Vaccination returns of the Province of Eastern Bengal and Assam - 1905-1912
Year: 1905
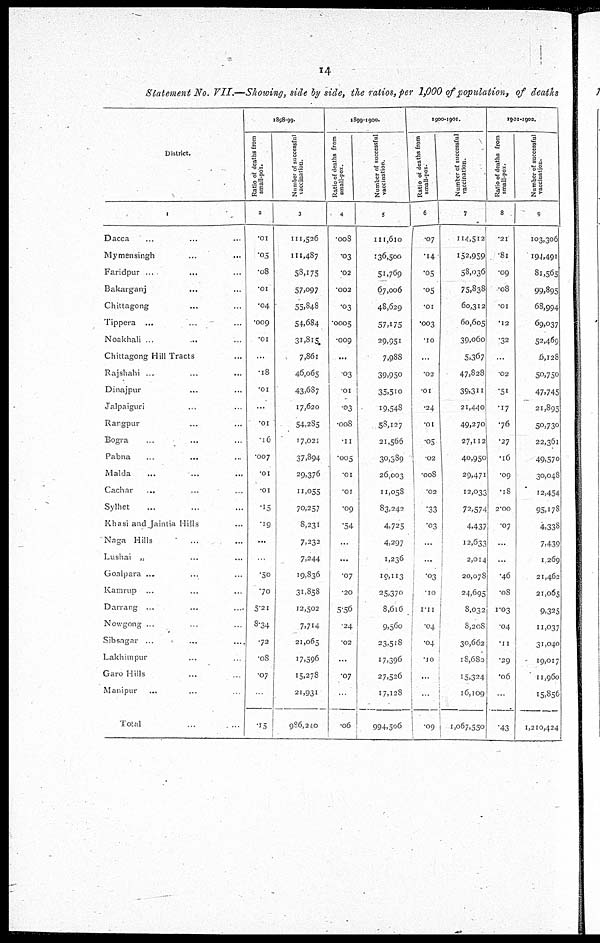
14
Statement No. VII.—Showing, side by side, the ratios, per 1,000 of population, of deaths
District.
1
Dacca ... ...
Mymensingh ... ...
Faridpur ... ...
Bakarganj ... ...
Chittagong ... ...
Tippera ... ...
Noakhali ... ...
Chittagong Hill Tracts ...
Rajshahi ... ...
Dinajpur ... ...
Jalpaiguri ... ...
Rangpur ... ...
Bogra ... ...
Pabna ... ...
Malda ... ...
Cachar ... ...
Sylhet ... ...
Khasi and jaintia Hills ...
Naga Hills ... ...
Lushai „ ... ...
Goalpara ... ...
Kamrup ... ...
Darrang ... ...
Nowgong ... ...
Sibsagar ... ...
Lakhampur ... ...
Garo Hills ... ...
Manipur ... ...
Total ... ...
1898-99.
Ratio of deaths from
small-pox.
2
.01
.05
.08
.01
.04
.009
.01
...
.18
.01
...
.01
.16
.007
.01
.01
.15
.19
...
...
.50
70
5.21
8.34
.72
.08
.07
...
.15
Number of successful
vaccination.
3
111,526
111,487
58,175
57,097
55,848
54,684
31,815
7,861
46,065
43,687
17,620
54,285
17,021
37,894
29,376
11,055
70,257
8,231
7,232
7,244
19,836
31,858
12,502
7,714
21,065
17,596
15,278
21,931
986,240
1899-1900.
Ratio of deaths from
small-pox.
4
.008
.03
.02
.002
.03
.0005
.009
...
.03
.01
.03
.008
.11
.005
.01
.01
.09
.54
...
...
.07
.20
5.56
.24
.02
...
.07
...
.06
Number of successful
vaccination.
5
111,610
136,500
51,769
67,006
48,629
57,175
29,951
7,988
39,950
35,510
19,548
58,127
21,566
30,389
26,003
11,058
83,242
4,725
4,297
1,236
19,113
25,370
8,616
9,560
23,518
17,396
27,526
17,128
994,506
1900-1901.
R
atio of deaths from
small-pox.
6
.07
.14
.05
.05
.01
.003
.10
...
.02
.01
.24
.01
.05
.02
.008
.02
.33
.03
...
...
.03
.10
1.11
.04
.04
.10
...
...
.09
Number of successful
vaccination.
7
114,512
152,959
58,036
75,838
60,312
60,605
39,060
5,367
47,828
39,311
21,440
49,270
27,112
40,950
29,471
12,033
72,574
4,437
12,633
2,014
20,078
24,695
8,032
8,208
30,662
18,680
15,324
16,109
1,067,550
1901-1902.
Ratio of deaths from
small-pox.
8
.21
.81
.09
.08
.01
.12
.32
...
.02
.51
.17
.76
.27
.16
.09
.18
2.00
.07
...
...
.46
.08
1.03
.04
.11
.29
.06
...
.43
Number of successful
vaccination.
9
103,306
194,491
81,565
99,895
68,994
69,037
52,469
6,128
50,750
47,745
21,895
50,730
22,361
49,570
30,048
12,454
95,178
4,338
7,439
1,269
21,462
21,065
9,325
11,037
31,040
19,017
11,960
15,856
1,210,424